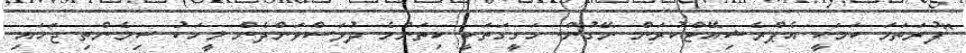
"ފުރަތަމަ ކަމަކީ އެޕްރެޝިއޭޓްކުރަން ނޭގުން. ހަގީގަތަކީ ކިތަންމެ ދުވަސްވަންދެން މީހަކު ސިމެންތި ޖަހައި